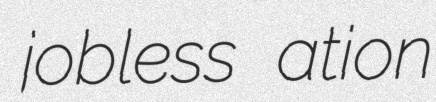
jobless ation